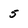
Character: 5